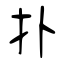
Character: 扑